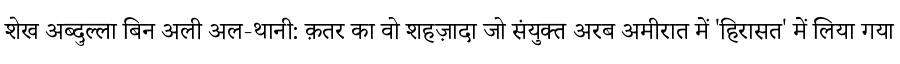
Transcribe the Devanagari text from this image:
शेख अब्दुल्ला बिन अली अल-थानी: क़तर का वो शहज़ादा जो संयुक्त अरब अमीरात में 'हिरासत' में लिया गया